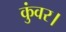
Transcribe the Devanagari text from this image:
कुंवर।